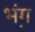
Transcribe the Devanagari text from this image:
भ़ंग